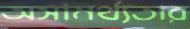
অসামর্থ্যতার